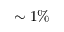
\sim 1 \%